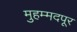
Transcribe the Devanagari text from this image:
मुहम्मदपूर